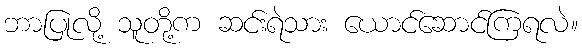
ဘာပြုလို့ သူတို့က ဆင်းရဲသား ယောင်ဆောင်ကြရလဲ။